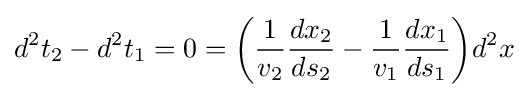
d^{2}t_{2}-d^{2}t_{1}=0={\bigg (}{\frac {1}{v_{2}}}{\frac {dx_{2}}{ds_{2}}}-{\frac {1}{v_{1}}}{\frac {dx_{1}}{ds_{1}}}{\bigg )}d^{2}x